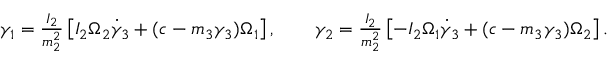
\begin{array} { r } { \gamma _ { 1 } = \frac { I _ { 2 } } { m _ { 2 } ^ { 2 } } \left[ I _ { 2 } \Omega _ { 2 } \dot { \gamma } _ { 3 } + ( c - m _ { 3 } \gamma _ { 3 } ) \Omega _ { 1 } \right] , \qquad \gamma _ { 2 } = \frac { I _ { 2 } } { m _ { 2 } ^ { 2 } } \left[ - I _ { 2 } \Omega _ { 1 } \dot { \gamma } _ { 3 } + ( c - m _ { 3 } \gamma _ { 3 } ) \Omega _ { 2 } \right] . } \end{array}